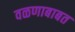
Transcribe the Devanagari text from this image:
वळणाबाबत